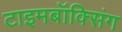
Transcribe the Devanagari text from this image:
टाइमबॉक्सिंग